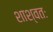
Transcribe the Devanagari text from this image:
शाश्वतः